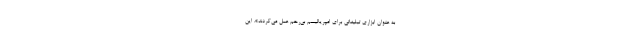
به عنوان ابزاری تبلیغاتی برای امپریالیسم بی‌رحم عمل می‌کردند». این